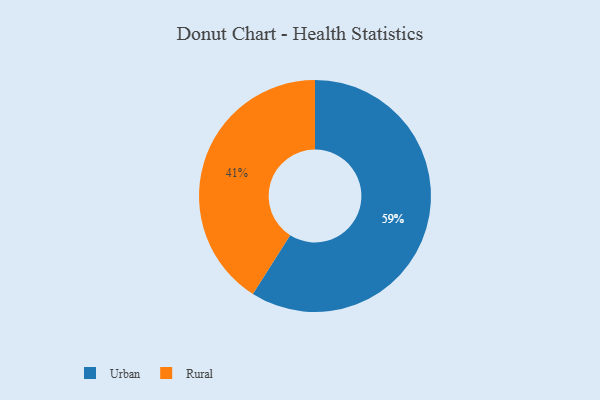
{"axis": {"x": "Category", "y": "Percentage"}, "legend": ["Rural", "Urban"], "data": [{"x": "Urban", "y": 59, "type": "Urban"}, {"x": "Rural", "y": 41, "type": "Rural"}]}